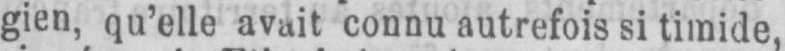
gien, qu’elle avait connu autrefois si timide,